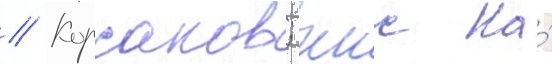
// Корсаков; ккс на́